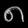
Digit: ၈